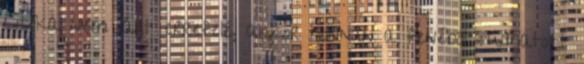
Citóka nem járt errefelé, akkor honnan a fenéből tudhatott